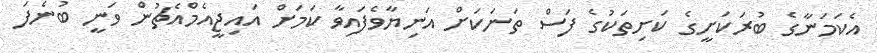
އެކަމަނާގެ ބުރަކަށީގެ ކަށިތަކުގެ ފަސް ތަނަކަށް އަނިޔާވެފައިވާ ކަމަށް އައިޖީއެމްއެޗުން ވަނީ ބުނެފަ